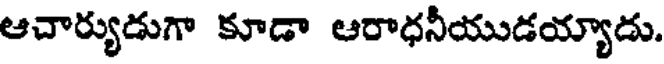
ఆచార్యుడుగా కూడా ఆరాధనీయుడయ్యాడు.